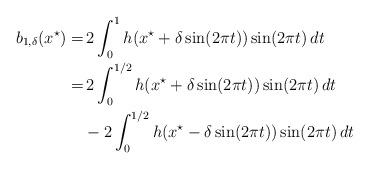
LaTeX: \begin{align*}\begin{aligned}b_{1,\delta}(x^\star) =& \, 2\int_{0}^{1}h(x^\star+\delta\sin(2\pi t))\sin(2\pi t)\,dt\\=&\, 2\int_{0}^{1/2}h(x^\star+\delta\sin(2\pi t))\sin(2\pi t)\,dt \\&- 2\int_{0}^{1/2} h(x^\star-\delta\sin(2\pi t))\sin(2\pi t)\,dt \end{aligned}\end{align*}